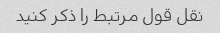
نقل قول مرتبط را ذکر کنید